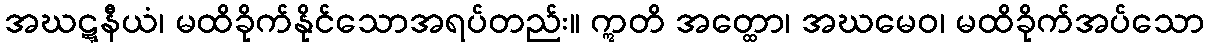
အဃဋ္ဋနီယံ၊ မထိခိုက်နိုင်သောအရပ်တည်း။ ဣတိ အတ္ထော၊ အဃမေဝ၊ မထိခိုက်အပ်သော